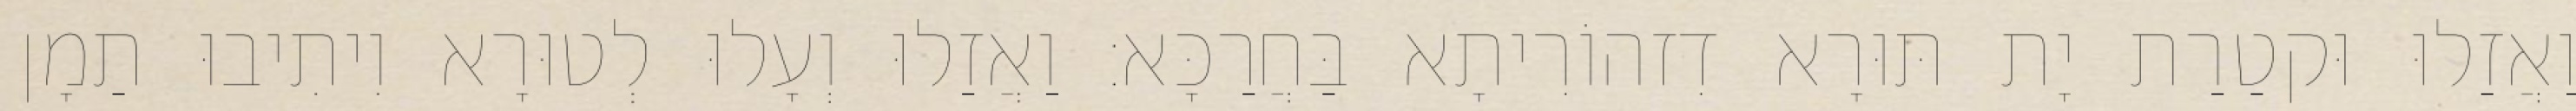
וַאֲזַלוּ וּקטַרַת יָת תּוּרָא דִזהוֹרִיתָא בַּחֲרַכָּא׃ וַאֲזַלוּ וְעָלוּ לְטוּרָא וִיתִיבוּ תַמָן